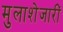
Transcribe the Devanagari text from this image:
मुलाशेजारीं